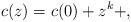
LaTeX: \begin{align*}c(z)=c(0)+ z^k+,\end{align*}